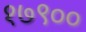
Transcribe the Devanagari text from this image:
१७९००